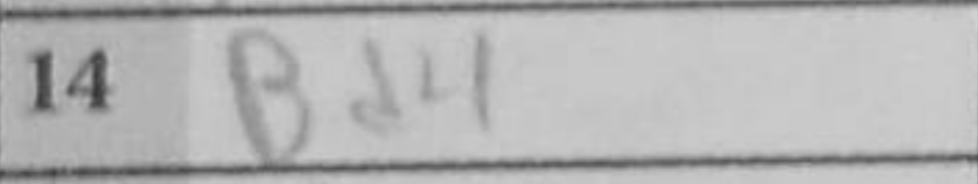
Transcription: Bd4